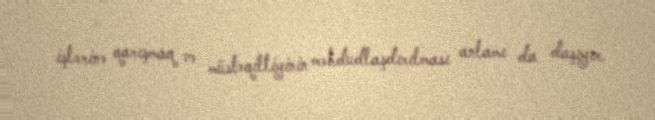
işlərinə qarışmaq və müstəqilliyinin məhdudlaşdırılması anlamı da daşıyır.